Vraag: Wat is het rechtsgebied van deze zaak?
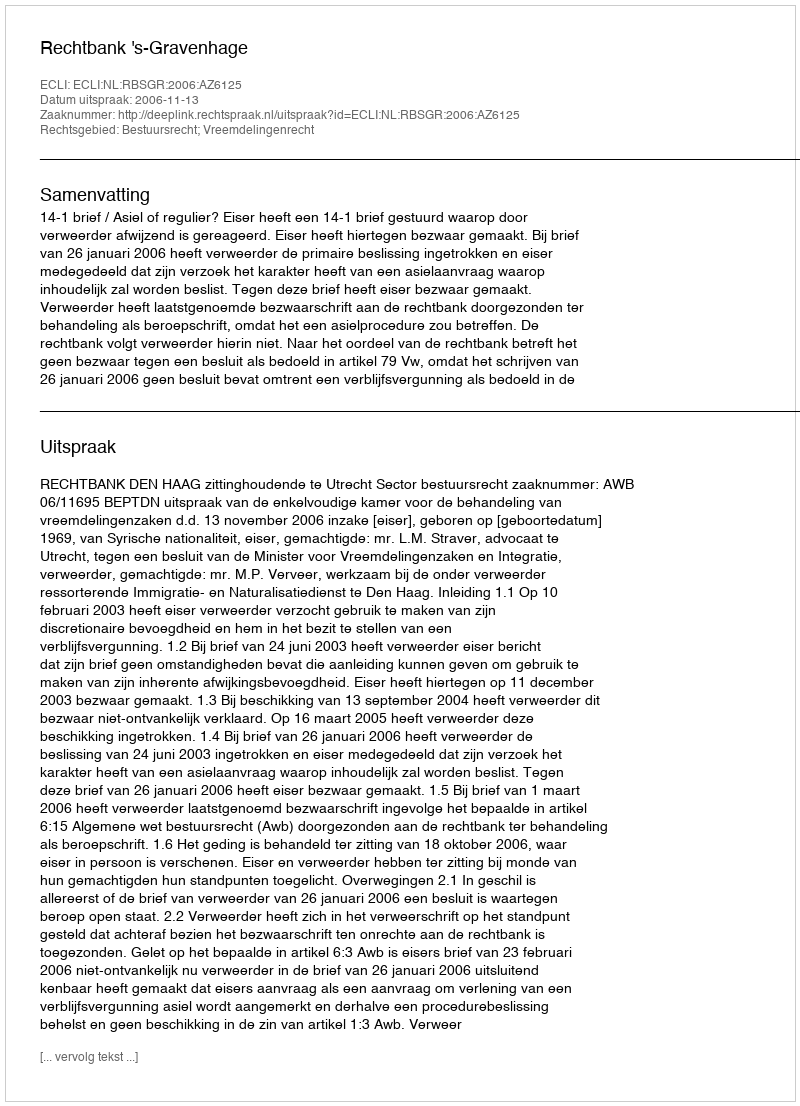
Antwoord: Bestuursrecht; Vreemdelingenrecht